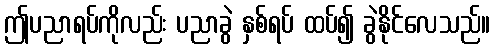
ဤပညာရပ်ကိုလည်း ပညာခွဲ နှစ်ရပ် ထပ်၍ ခွဲနိုင်လေသည်။